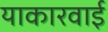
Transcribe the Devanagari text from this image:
याकारवाई